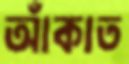
আঁকাত